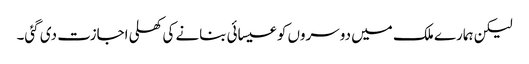
لیکن ہمارے ملک میں دوسروں کو عیسائی بنانے کی کھلی اجازت دی گئی۔